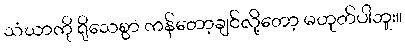
သံဃာကို ရိုသေစွာ ကန်တော့ချင်လို့တော့ မဟုတ်ပါဘူး။